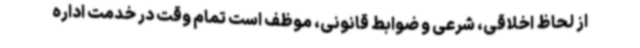
از لحاظ اخلاقی، شرعی و ضوابط قانونی، موظف است تمام وقت در خدمت اداره